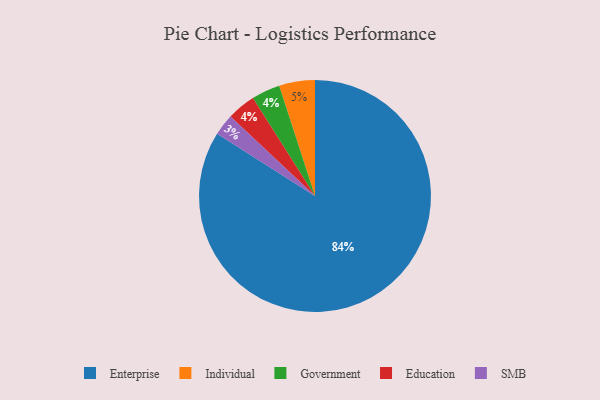
{"axis": {"x": "Category", "y": "Percentage"}, "legend": ["Education", "Enterprise", "Government", "Individual", "SMB"], "data": [{"x": "SMB", "y": 3, "type": "SMB"}, {"x": "Individual", "y": 5, "type": "Individual"}, {"x": "Government", "y": 4, "type": "Government"}, {"x": "Education", "y": 4, "type": "Education"}, {"x": "Enterprise", "y": 84, "type": "Enterprise"}]}